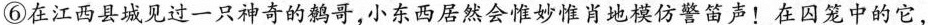
⑥在江西县城见过一只神奇的鹩哥，小东西居然会惟妙惟肖地模仿警笛声！在囚笼中的它，